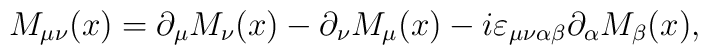
M_{\mu \nu }(x)=\partial _\mu M_\nu (x)-\partial _\nu M_\mu(x)-i\varepsilon _{\mu \nu \alpha \beta }\partial _\alpha M_\beta(x) ,